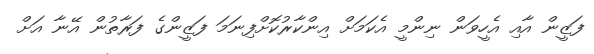
ފަޒީން އާއި އެހީވަން ނިންމީ އެކަމަށް އިންކާރުކޮށްފިނަމަ ފަޒީންގެ ފަރާތުން އޭނާ އަށް